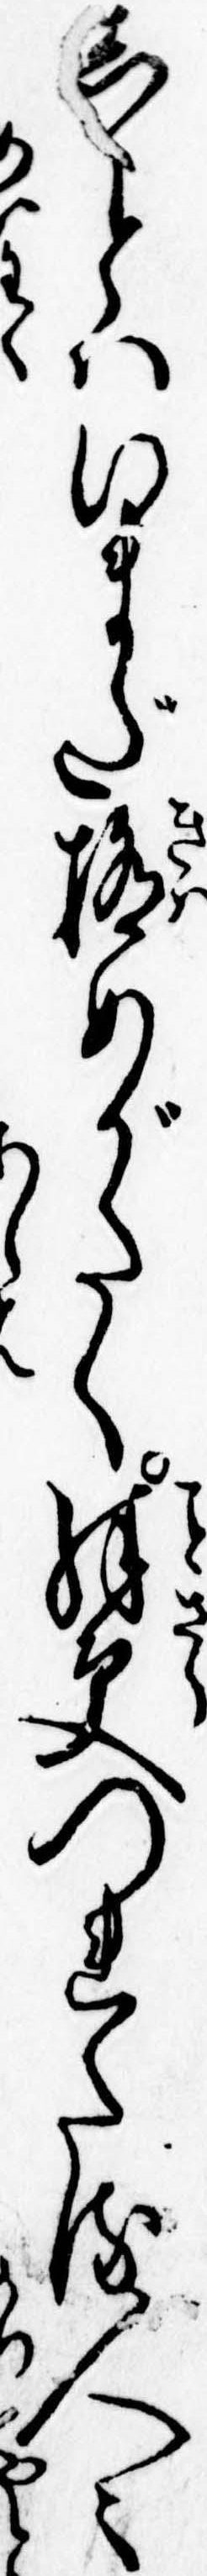
しとはいまだ極めがたく殊更つれたる人々